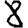
Digit: 8